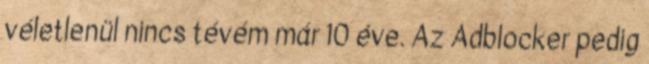
véletlenül nincs tévém már 10 éve. Az Adblocker pedig